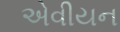
એવીયન